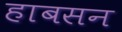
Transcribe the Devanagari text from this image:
हाबसन